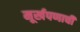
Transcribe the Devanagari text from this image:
मूर्खपणाची